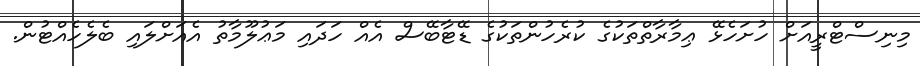
މިނިސްޓްރީއަށް ހުށަހެޅޭ ޢިމާރާތްތަކުގެ ކުރެހުންތަކުގެ ޑޭޓާބޭސް އެއް ހަދައި މަޢުލޫމާތު އެއަށްލައި ބެލެހެއްޓުން.